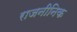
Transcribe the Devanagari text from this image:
राजनीनिक